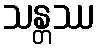
သန္တဿ